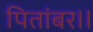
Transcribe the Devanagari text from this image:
पितांबर।।